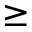
\geq